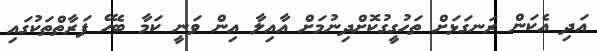
އަދި އެކަން ރަނގަޅަށް ތަހުގީގުކޮށްދިނުމަށް އާއިލާ އިން ވަނީ ކަމާ ބެހޭ ފަރާތްތަކުގައި